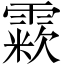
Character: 𩄶